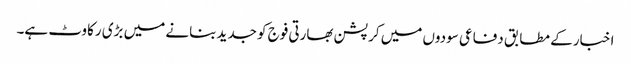
اخبار کے مطابق دفاعی سودوں میں کرپشن بھارتی فوج کو جدید بنانے میں بڑی رکاوٹ ہے۔